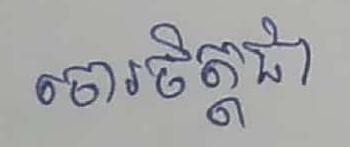
ចោរចិត្តជា